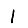
Digit: 1